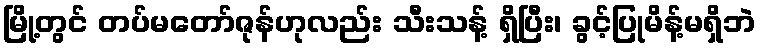
မြို့တွင် တပ်မတော်ဇုန်ဟုလည်း သီးသန့် ရှိပြီး၊ ခွင့်ပြုမိန့်မရှိဘဲ